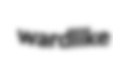
wardlike